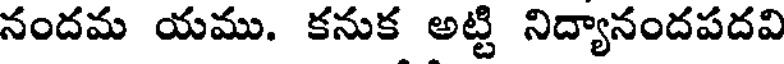
నందమ యము. కనుక అట్టి నిద్యానందపదవి